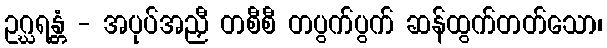
ဥဂ္ဃရန္တံ - အပုပ်အညှီ တစီစီ တပွက်ပွက် ဆန်ထွက်တတ်သော၊